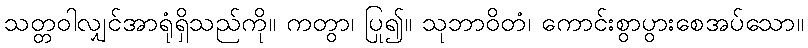
သတ္တဝါလျှင်အာရုံရှိသည်ကို။ ကတွာ၊ ပြု၍။ သုဘာဝိတံ၊ ကောင်းစွာပွားစေအပ်သော။